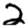
Digit: 2